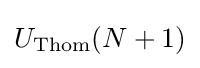
U_{\text{Thom}}(N+1)